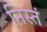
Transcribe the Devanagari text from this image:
निस्तं